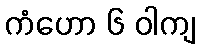
ကံဟော ၆ ဝါကျ